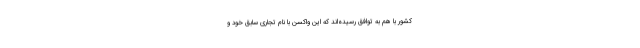
کشور با هم به توافق رسیده‌اند که این واکسن با نام تجاری سابق خود و